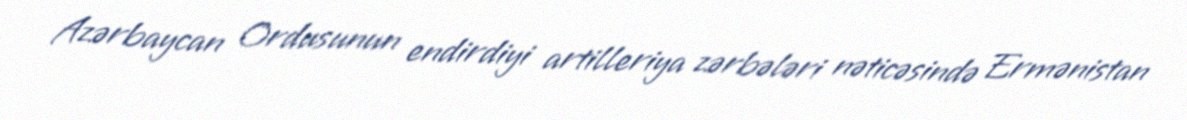
Azərbaycan Ordusunun endirdiyi artilleriya zərbələri nəticəsində Ermənistan